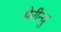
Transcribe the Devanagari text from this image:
पेरीन्यु